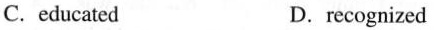
C.educated